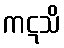
ကဋသိ